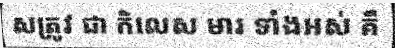
សត្រូវ ជា កិលេស មារ ទាំងអស់ គឺ